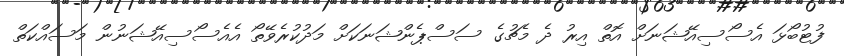
ފުޓުބޯޅަ އެސޯސިއޭޝަނަށް އޮތް އިރު ދެ މެޗުގެ ސަސްޕެންޝަނަކަށް މަދުކުރެވޭތޯ އެއެސޯސިއޭޝަނުން މަސައްކަތް